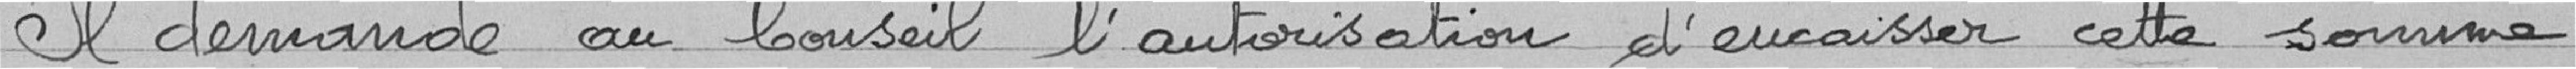
Il demande au Conseil l'autorisation d'encaisser cette somme